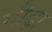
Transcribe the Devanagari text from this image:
गौढ़ा